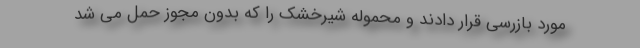
مورد بازرسی قرار دادند و محموله شیرخشک را که بدون مجوز حمل می شد